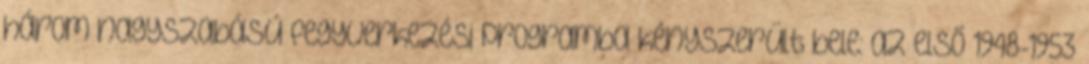
három nagyszabású fegyverkezési programba kényszerült bele: az első 1948-1953